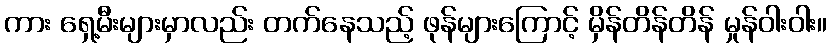
ကား ရှေ့မီးများမှာလည်း တက်နေသည့် ဖုန်များကြောင့် မှိန်တိန်တိန် မှုန်ဝါးဝါး။